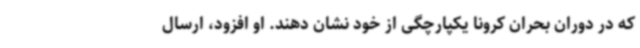
که در دوران بحران کرونا یکپارچگی از خود نشان دهند. او افزود، ارسال